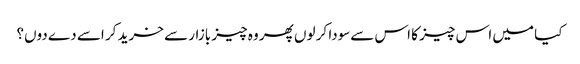
کیا میں اس چیز کا اس سےسودا کر لوں پھر وہ چیز بازار سے خرید کر اسے دے دوں؟